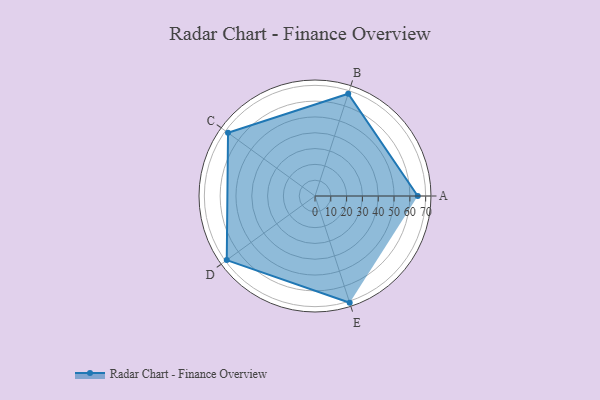
{"axis": {"x": "Skill", "y": "Score"}, "legend": ["Profile"], "data": [{"x": "A", "y": 65.0, "type": "Profile"}, {"x": "B", "y": 68.0, "type": "Profile"}, {"x": "C", "y": 68.0, "type": "Profile"}, {"x": "D", "y": 69.0, "type": "Profile"}, {"x": "E", "y": 71.0, "type": "Profile"}]}